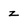
Character: z